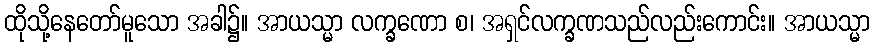
ထိုသို့နေတော်မူသော အခါ၌။ အာယသ္မာ လက္ခဏော စ၊ အရှင်လက္ခဏသည်လည်းကောင်း။ အာယသ္မာ